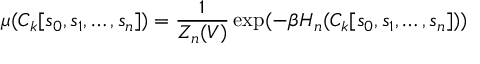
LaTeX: \mu ( C _ { k } [ s _ { 0 } , s _ { 1 } , \ldots , s _ { n } ] ) = { \frac { 1 } { Z _ { n } ( V ) } } \exp ( - \beta H _ { n } ( C _ { k } [ s _ { 0 } , s _ { 1 } , \ldots , s _ { n } ] ) )